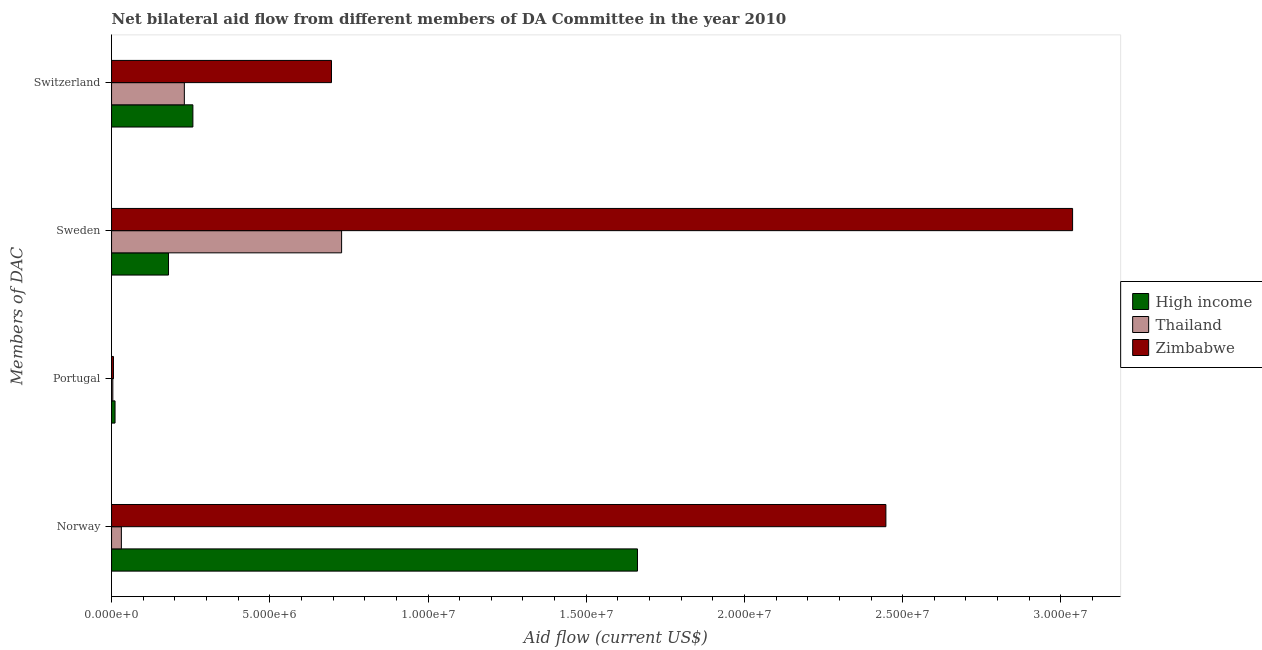
| Members of DAC | High income | Thailand | Zimbabwe |
 | --- | --- | --- | --- |
 | Norway | 1.66e+07 | 3.1e+05 | 2.45e+07 |
 | Portugal | 1.1e+05 | 4e+04 | 6e+04 |
 | Sweden | 1.8e+06 | 7.27e+06 | 3.04e+07 |
 | Switzerland | 2.57e+06 | 2.3e+06 | 6.95e+06 |